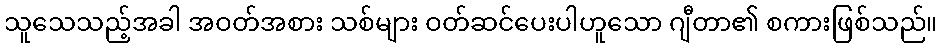
သူသေသည့်အခါ အဝတ်အစား သစ်များ ဝတ်ဆင်ပေးပါဟူသော ဂျီတာ၏ စကားဖြစ်သည်။